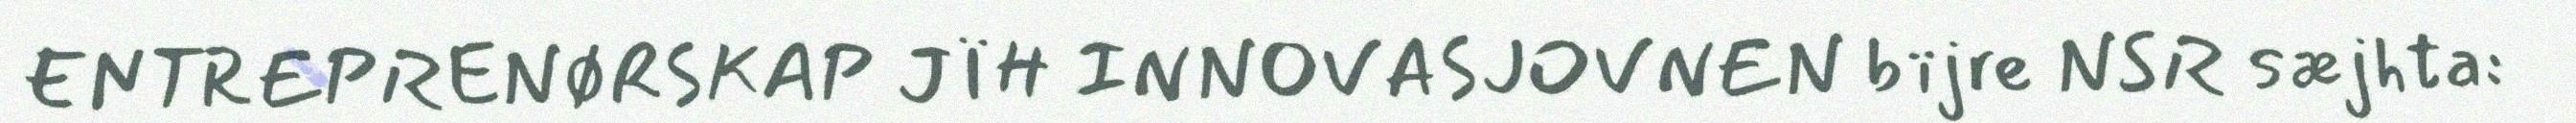
ENTREPRENØRSKAP JÏH INNOVASJOVNEN bïjre NSR sæjhta: